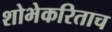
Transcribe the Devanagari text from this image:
शोभेकरिताच